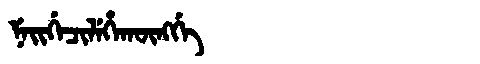
Manchu: ᠨᡝᡳᡤᡝᠴᡳᠯᡝᡥᠠᡴᡡᠩᡤᡝ
Romanization: NEIGECILEHAKŪNGGE